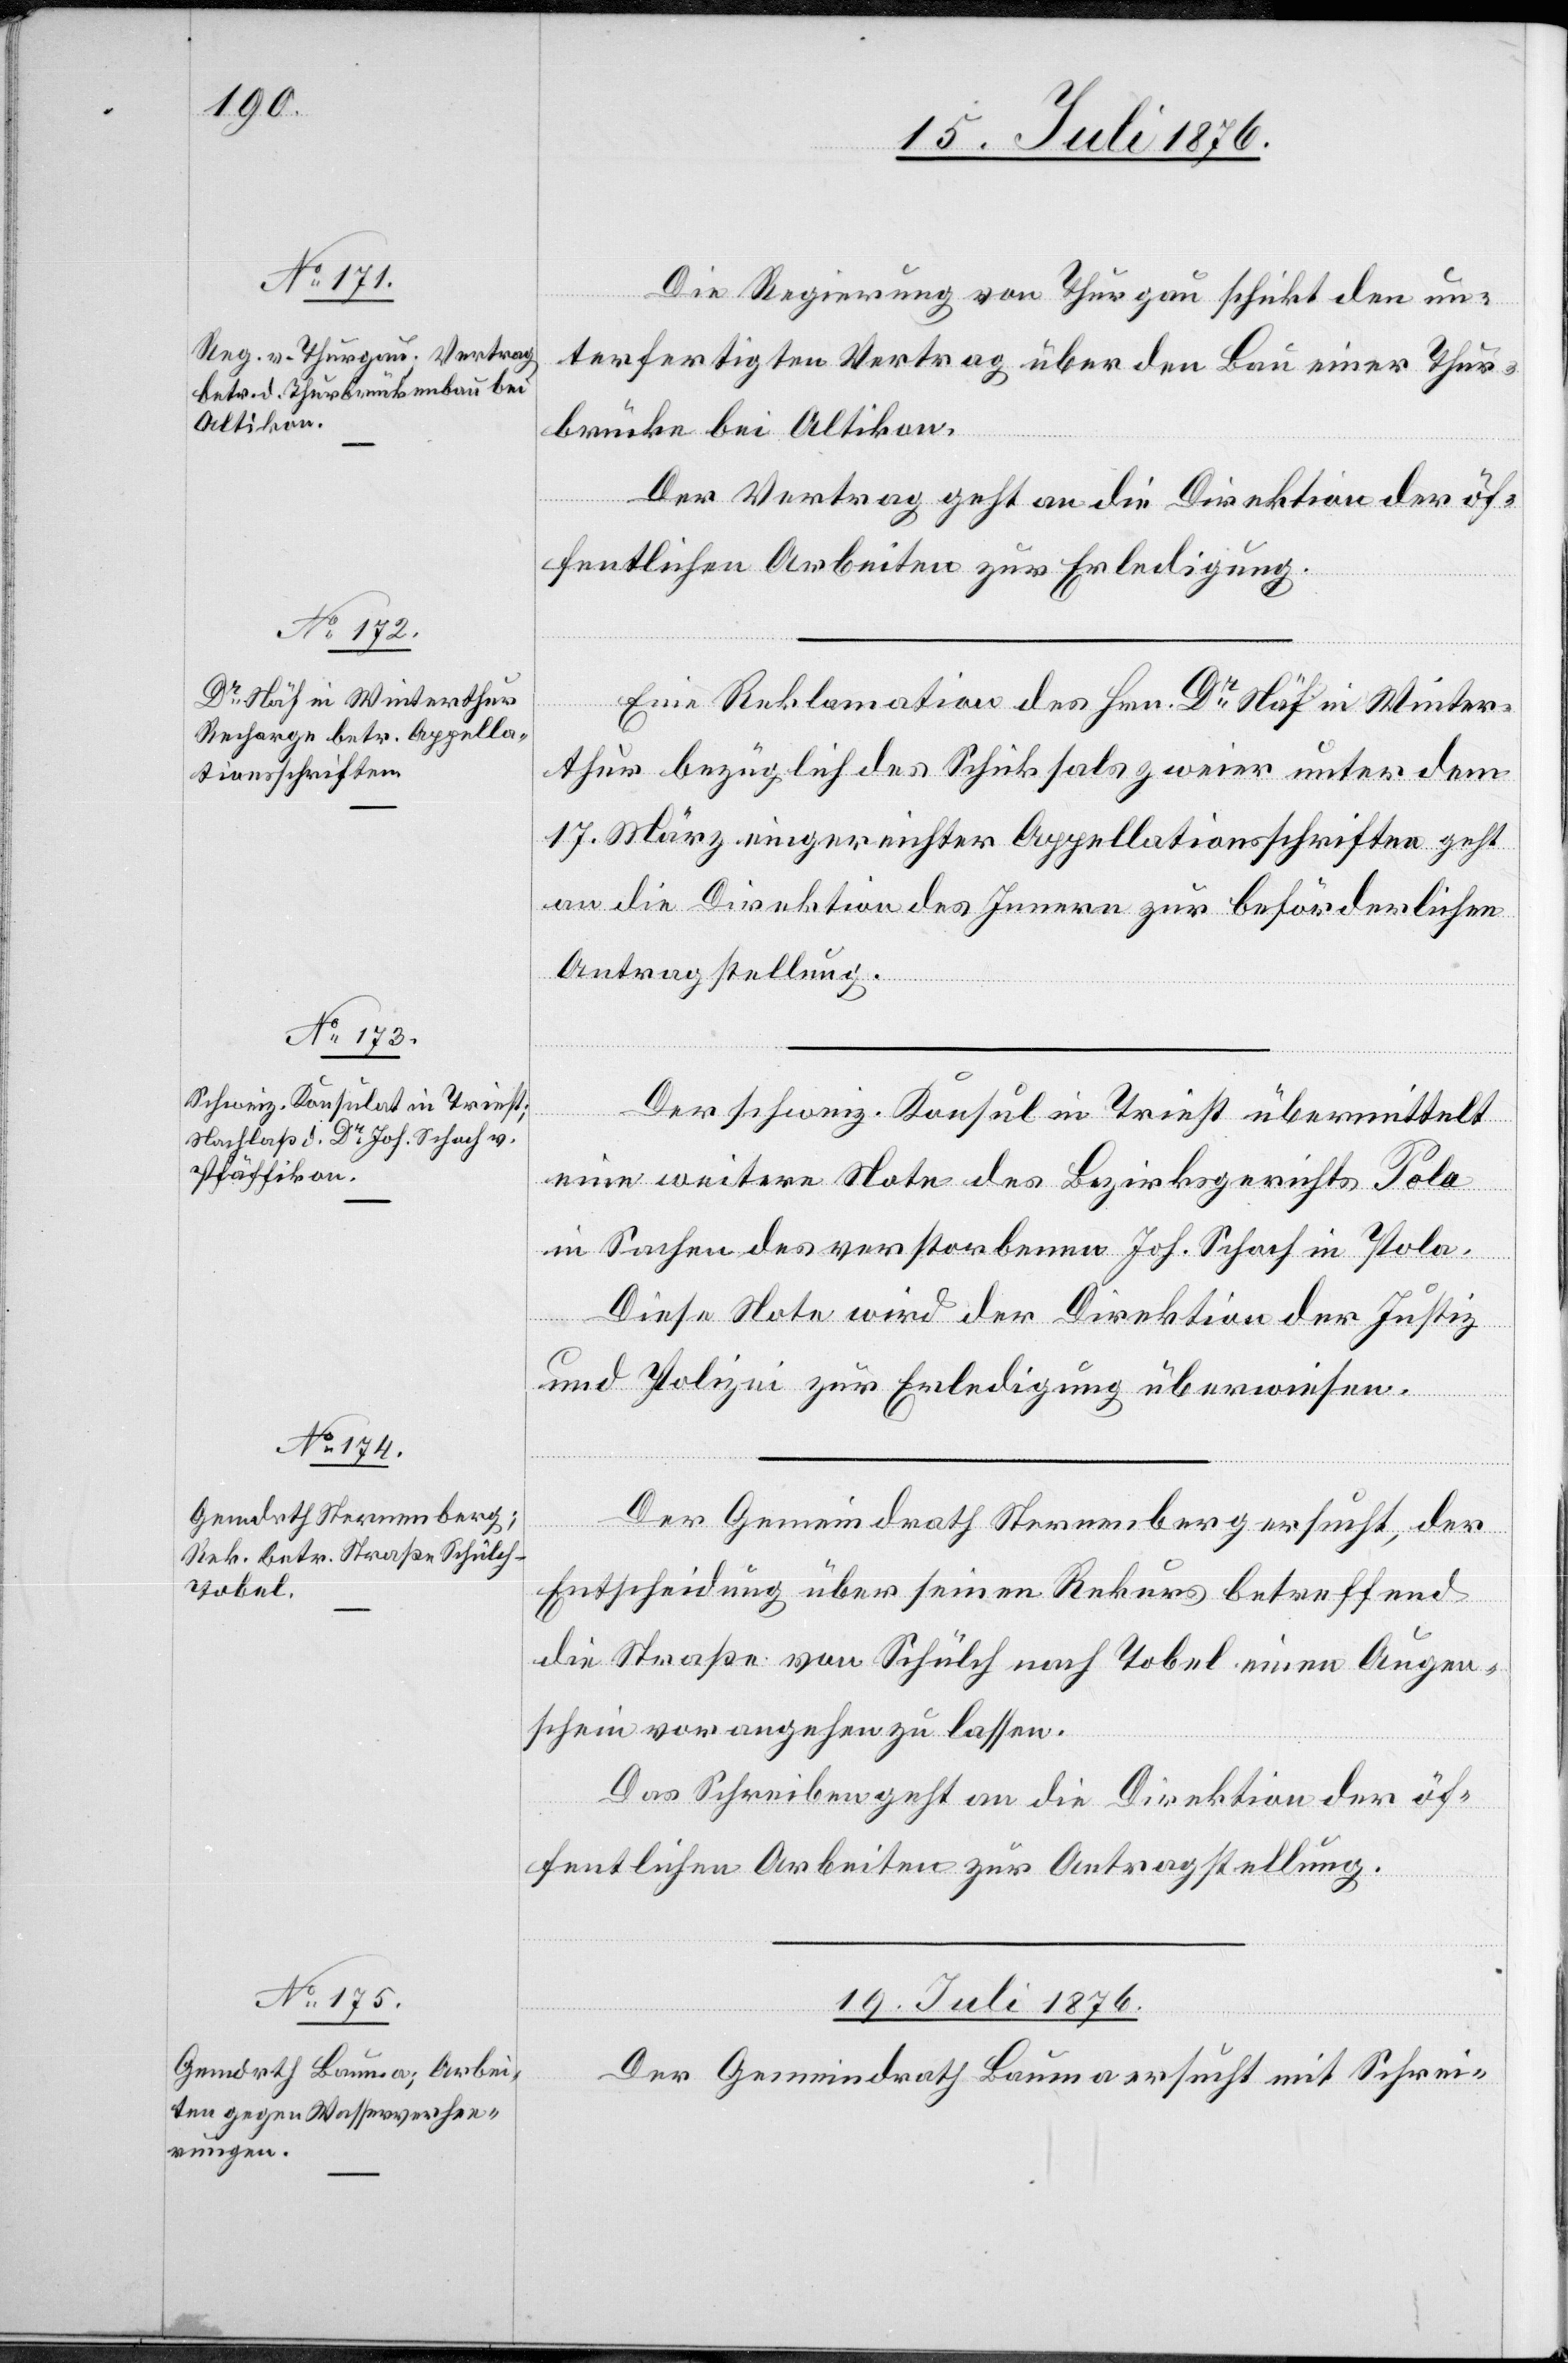
18. Juli 1876.]
Die Regierung von Thurgau schickt den un¬
terfertigten Vertrag über den Bau einer Thur¬
brücke bei Altikon.
Der Vertrag geht an die Direktion der öf¬
fentlichen Arbeiten zur Erledigung.
Eine Reklamation des Hrn. Dr Näf in Winter¬
thur bezüglich des Schicksals zweier unter dem
17. März eingereichter Appellationsschriften geht
an die Direktion des Innern zur beförderlichen
Antragstellung.
Der schweiz. Konsul in Triest übermittelt
eine weitere Note des Bezirksgerichts Pola
in Sachen des verstorbenen Joh. Schoch in Pola.
Diese Note wird der Direktion der Justiz
und Polizei zur Erledigung überwiesen.
Der Gemeindrath Sternenberg ersucht, der
Entscheidung über seinen Rekurs betreffend
die Straße von Schülch nach Tobel einen Augen¬
schein vornehmen zu lassen.
Das Schreiben geht an die Direktion der öf¬
fentlichen Arbeiten zur Antragstellung.
19. Juli 1876.
Der Gemeindrath Bauma ersucht mit Schrei-